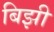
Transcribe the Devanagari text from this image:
बिझी